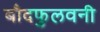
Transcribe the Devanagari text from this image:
बौदफुलवनी